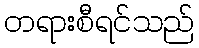
တရားစီရင်သည်